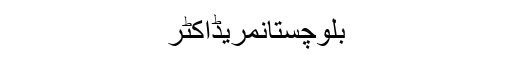
بلوچستانمریڈاکٹر